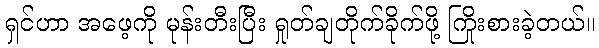
ရှင်ဟာ အဖေ့ကို မုန်းတီးပြီး ရှုတ်ချတိုက်ခိုက်ဖို့ ကြိုးစားခဲ့တယ်။